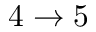
4 \rightarrow 5